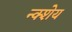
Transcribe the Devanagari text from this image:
न्क्शेय